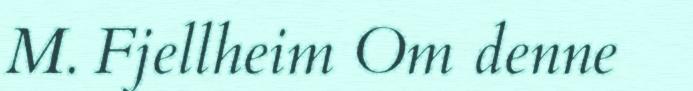
M. Fjellheim Om denne